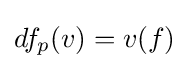
df_{p}(v)=v(f)